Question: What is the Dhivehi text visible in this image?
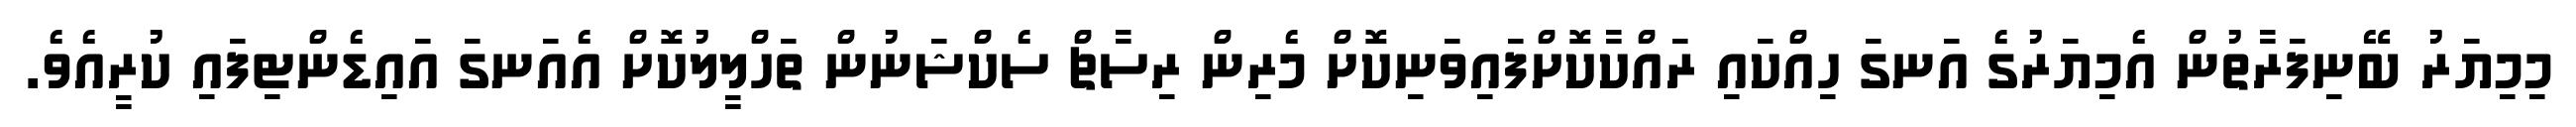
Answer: މިމިޔަރު ބޭނިފަރާތުން އެމިޔަރުގެ އަނގަ ހިއްކައި ރައްކާކޮށްފައިވަނިކޮށް މެރިން ރިސާޗް ސެކްޝަނުން ތަހްލީލުކޮށް އެއަނގަ އައިޑެންޓިފައި ކުރީއެވެ.